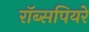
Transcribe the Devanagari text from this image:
रॉब्सपियरे